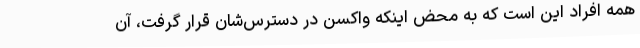
همه افراد این است که به محض اینکه واکسن در دسترس‌شان قرار گرفت، آن